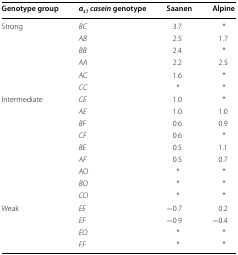
| Genotype group | αs1casein genotype | Saanen | Alpine |
 | --- | --- | --- | --- |
 | <ROWSPAN=6> Strong | BC | 3.7 | * |
 | AB | 2.5 | 1.7 |
 | BB | 2.4 | * |
 | AA | 2.2 | 2.5 |
 | AC | 1.6 | * |
 | CC | * | * |
 | <ROWSPAN=9> Intermediate | CE | 1.0 | * |
 | AE | 1.0 | 1.0 |
 | BF | 0.6 | 0.9 |
 | CF | 0.6 | * |
 | BE | 0.5 | 1.1 |
 | AF | 0.5 | 0.7 |
 | AO | * | * |
 | BO | * | * |
 | CO | * | * |
 | <ROWSPAN=3> Weak | EE | −0.7 | 0.2 |
 | EF | −0.9 | −0.4 |
 | EO | * | * |
 |  | FF | * | * |